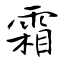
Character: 霜